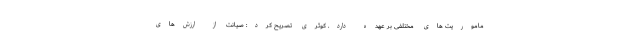
ماموریت های مختلفی بر عهده دارد. کوثری تصریح کرد: صیانت از ارزش‌های